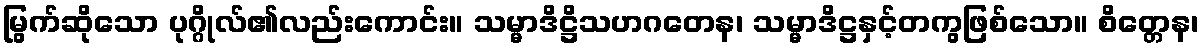
မြွက်ဆိုသော ပုဂ္ဂိုလ်၏လည်းကောင်း။ သမ္မာဒိဋ္ဌိသဟဂတေန၊ သမ္မာဒိဋ္ဌနှင့်တကွဖြစ်သော။ စိတ္တေန၊